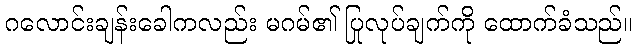
ဂလောင်းချန်းခေါကလည်း မဂမ်၏ ပြုလုပ်ချက်ကို ထောက်ခံသည်။